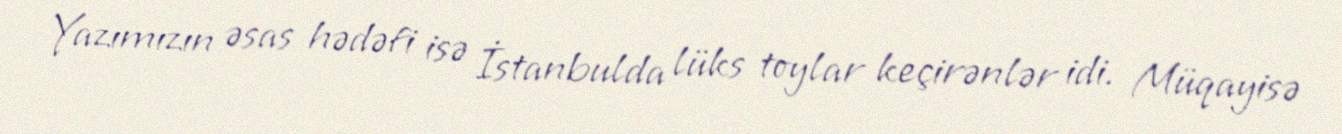
Yazımızın əsas hədəfi isə İstanbulda lüks toylar keçirənlər idi. Müqayisə